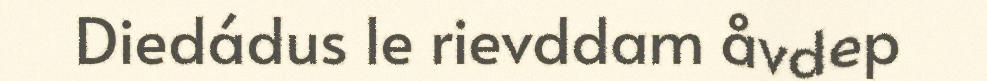
Diedádus le rievddam åvdep